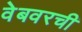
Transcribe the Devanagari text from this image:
वेबवरची